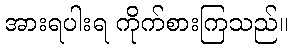
အားရပါးရ ကိုက်စားကြသည်။